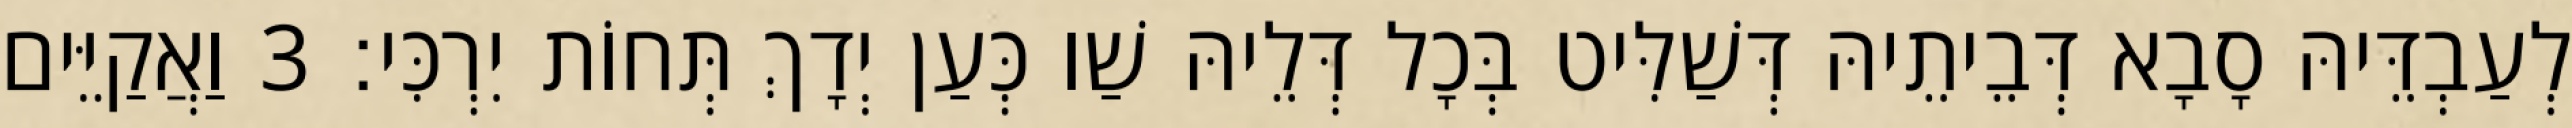
לְעַבְדֵּיהּ סָבָא דְּבֵיתֵיהּ דְּשַׁלִּיט בְּכָל דְּלֵיהּ שַׁו כְּעַן יְדָךְ תְּחוֹת יִרְכִּי׃ 3 וַאֲקַיֵּים